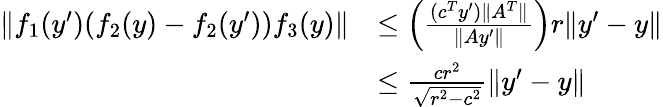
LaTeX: \begin{array}{rl}{\| f_{1}(y^{\prime})(f_{2}(y)-f_{2}(y^{\prime}))f_{3}(y)\| }&{\leq\left(\frac{(c^{T}y^{\prime})\| A^{T}\| }{\| Ay^{\prime}\| }\right)r\| y^{\prime}-y\| }\\ &{\leq\frac{cr^{2}}{\sqrt{r^{2}-c^{2}}}\| y^{\prime}-y\| }\end{array}